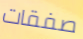
صفقات